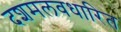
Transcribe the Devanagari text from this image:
दशमलवधारित